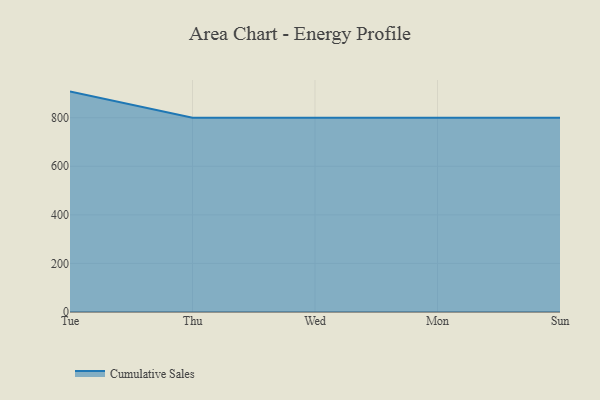
{"axis": {"x": "Day", "y": "LTV (USD)"}, "legend": ["Cumulative Sales"], "data": [{"x": "Tue", "y": 907.4, "type": "Cumulative Sales"}, {"x": "Thu", "y": 800, "type": "Cumulative Sales"}, {"x": "Wed", "y": 800, "type": "Cumulative Sales"}, {"x": "Mon", "y": 800, "type": "Cumulative Sales"}, {"x": "Sun", "y": 800, "type": "Cumulative Sales"}]}